Civil Veterinary Dept. Bombay admin report 1907-1913 - 1907-1913
Year: 1907
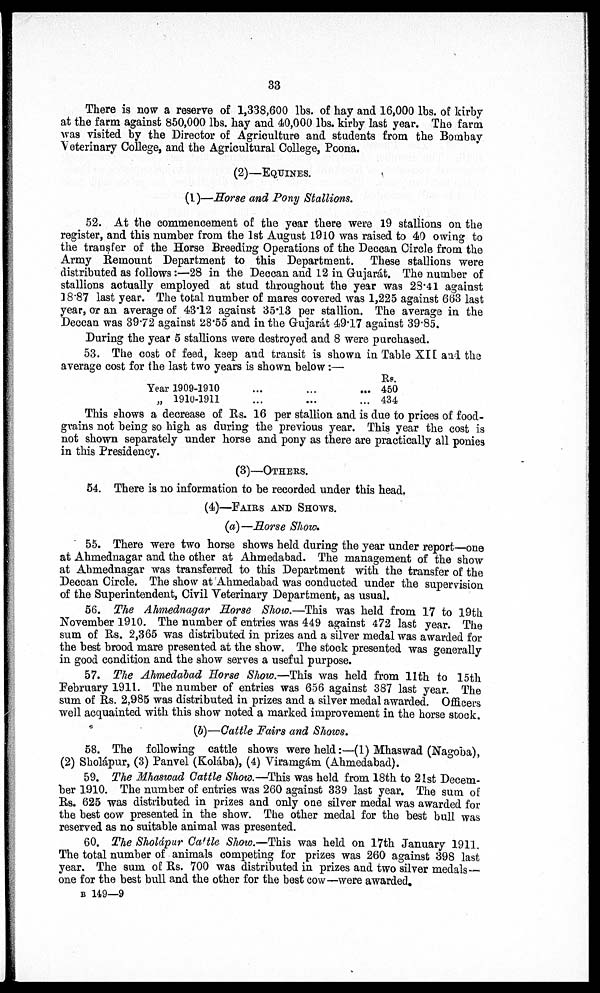
33
There is now a reserve of 1,338,600 lbs. of hay and 16,000 lbs. of kirby
at the farm against 850,000 lbs. hay and 40,000 lbs. kirby last year. The farm
was visited by the Director of Agriculture and students from the Bombay
Veterinary College, and the Agricultural College, Pcona.
(2)—EQUINES.
(I)—Horse and Pony Stallions.
52. At the commencement of the year there were 19 stallions on the
register, and this number from the 1st August 1910 was raised to 40 owing to
the transfer of the Horse Breeding Operations of the Deccan Circle from the
Army Remount Department to this Department. These stallions were
distributed as follows:—28 in the Deccan and 12 in Gujarat. The number of
stallions actually employed at stud throughout the year was 23∙41 against
18∙87 last year. The total number of mares covered was 1,225 against 663 last
year, or an average of 43∙12 against 35∙13 per stallion. The average in the
Deccan was 39∙72 against 28∙55 and in the Gujarat 49∙17 against 39∙85.
During the year 5 stallions were destroyed and 8 were purchased.
53. The cost of feed, keep and transit is shown in Table XII and the
average cost for the last two vears is shown below:—
Year 1909-1910
„ 1910-1911
...
...
...
...
...
...
Rs.
450
434
This shows a decrease of Rs. l6 per stallion and is due to prices of food-
gvains not being so high as during the previous year. This year the cost is
not shown separately under horse and pony as there are practically all ponies
in this Presidency.
(3)—OTHERS.
54. There is no information to be recorded under this head,
(4)—FAIRS AND SHOWS.
(a)—Horse Show.
55. There were two horse shows held during the year under report—one
at Ahmednagar and the other at Ahmedabad. The management of the show
at Ahmednagar was transferred to this Department with the transfer of the
Deccan Circle. The show at Ahmedabad was conducted under the supervision
of the Superintendent, Civil Veterinary Department, as usual.
56. The Ahmednagar Horse Show.—This was held from 17 to 19th
November 1910. The number of entries was 449 against 472 last year. The
sum of Rs. 2,365 was distributed in prizes and a silver medal was awarded for
the best brood mare presented at the show. The stock presented was generally
in good condition and the show serves a useful purpose.
57. The Ahmedabad Horse Show.—This was held from 11th to 15th
February 1911. The number of entries was 656 against 387 last year. The
sum of Rs. 2,985 was distributed in prizes and a silver medal awarded. Officers
well acquainted with this show noted a marked improvement in the horse stock.
(b)—Cattle Fairs and Shows.
58. The following cattle shows were held:—(1) Mhaswad (Nagoba),
(2) Sholápur, (3) Panvel (Kolába), (4) Viramgám (Ahmedabad).
59. The Mhaswad Cattle Show.—This was held from 18th to 21st Decem
ber 1910. The number of entries was 260 against 339 last year. The sum of
Rs. 625 was distributed in prizes and only one silver medal was awarded for
the best cow presented in the show. The other medal for the best bull was
reserved as no suitable animal was presented.
60. The Sholápur Cattle Show.—This was held on 17th January 1911.
The total number of animals competing for prizes was 260 against 398 last
year. The sum of Rs. 700 was distributed in prizes and two silver medals —
one for the best bull and the other for the best cow—were awarded.
B 149—9